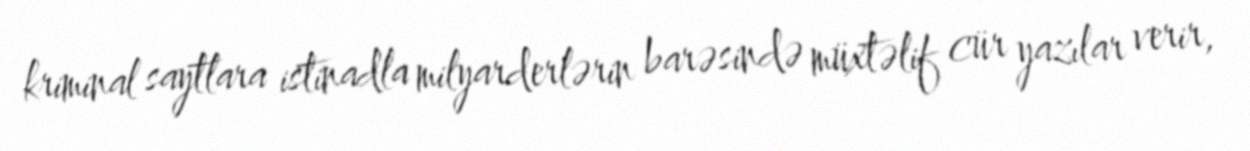
kriminal saytlara istinadla milyarderlərin barəsində müxtəlif cür yazılar verir,